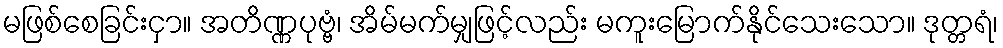
မဖြစ်စေခြင်းငှာ။ အတိဏ္ဏပုဗ္ဗံ၊ အိမ်မက်မျှဖြင့်လည်း မကူးမြောက်နိုင်သေးသော။ ဒုတ္တရံ၊